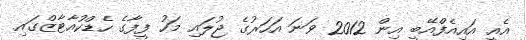
އެއީ އައިއެފްއޭބީ އިން 2012 ވަނަ އަހަރުގެ ޖުލައި މަހު ފީފާގެ ހެޑްކުއާޓާޒްގައި